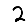
Digit: 2